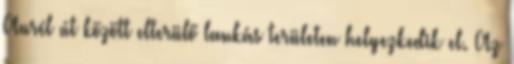
Aurél út között elterülő lankás területen helyezkedik el. Az